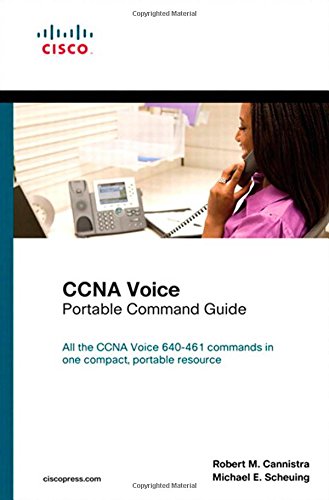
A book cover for CCNA Voice Portable Command Guide; Robert M. Cannistra; Computers & Technology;